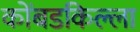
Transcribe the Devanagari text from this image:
कोंबडकिल्ला